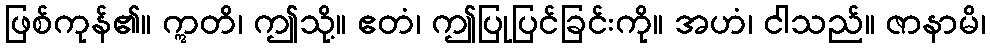
ဖြစ်ကုန်၏။ ဣတိ၊ ဤသို့။ ဧတံ၊ ဤပြုပြင်ခြင်းကို။ အဟံ၊ ငါသည်။ ဇာနာမိ၊